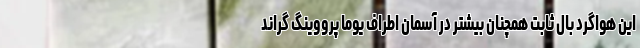
این هواگرد بال ثابت همچنان بیشتر در آسمان اطراف یوما پرووینگ گراند